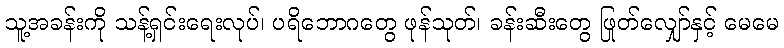
သူ့အခန်းကို သန့်ရှင်းရေးလုပ်၊ ပရိဘောဂတွေ ဖုန်သုတ်၊ ခန်းဆီးတွေ ဖြုတ်လျှော်နှင့် မေမေ